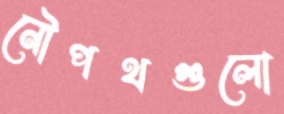
নৌপথগুলো